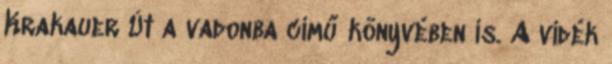
Krakauer Út a vadonba című könyvében is. A vidék